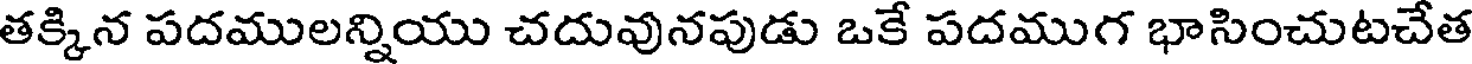
తక్కిన పదములన్నియు చదువునపుడు ఒకే పదముగ భాసించుటచేత